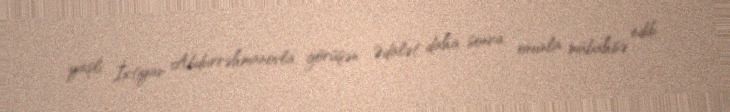
yaşlı İxtiyar Abdurrəhmanovla görüşən Ədalət daha sonra onunla mübahisə edib.